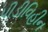
પીડીવિહીન